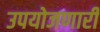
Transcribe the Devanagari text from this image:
उपयोजणारी